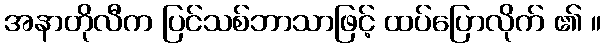
အနာတိုလီက ပြင်သစ်ဘာသာဖြင့် ထပ်ပြောလိုက် ၏ ။